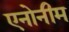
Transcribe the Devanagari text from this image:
एनोनीम